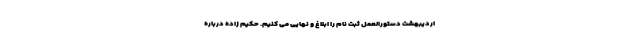
اردیبهشت دستورالعمل ثبت نام را ابلاغ و نهایی می کنیم. حکیم زاده درباره